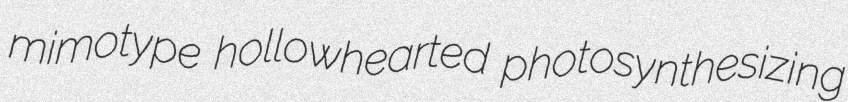
mimotype hollowhearted photosynthesizing